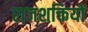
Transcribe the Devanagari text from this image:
राजशक्तियों